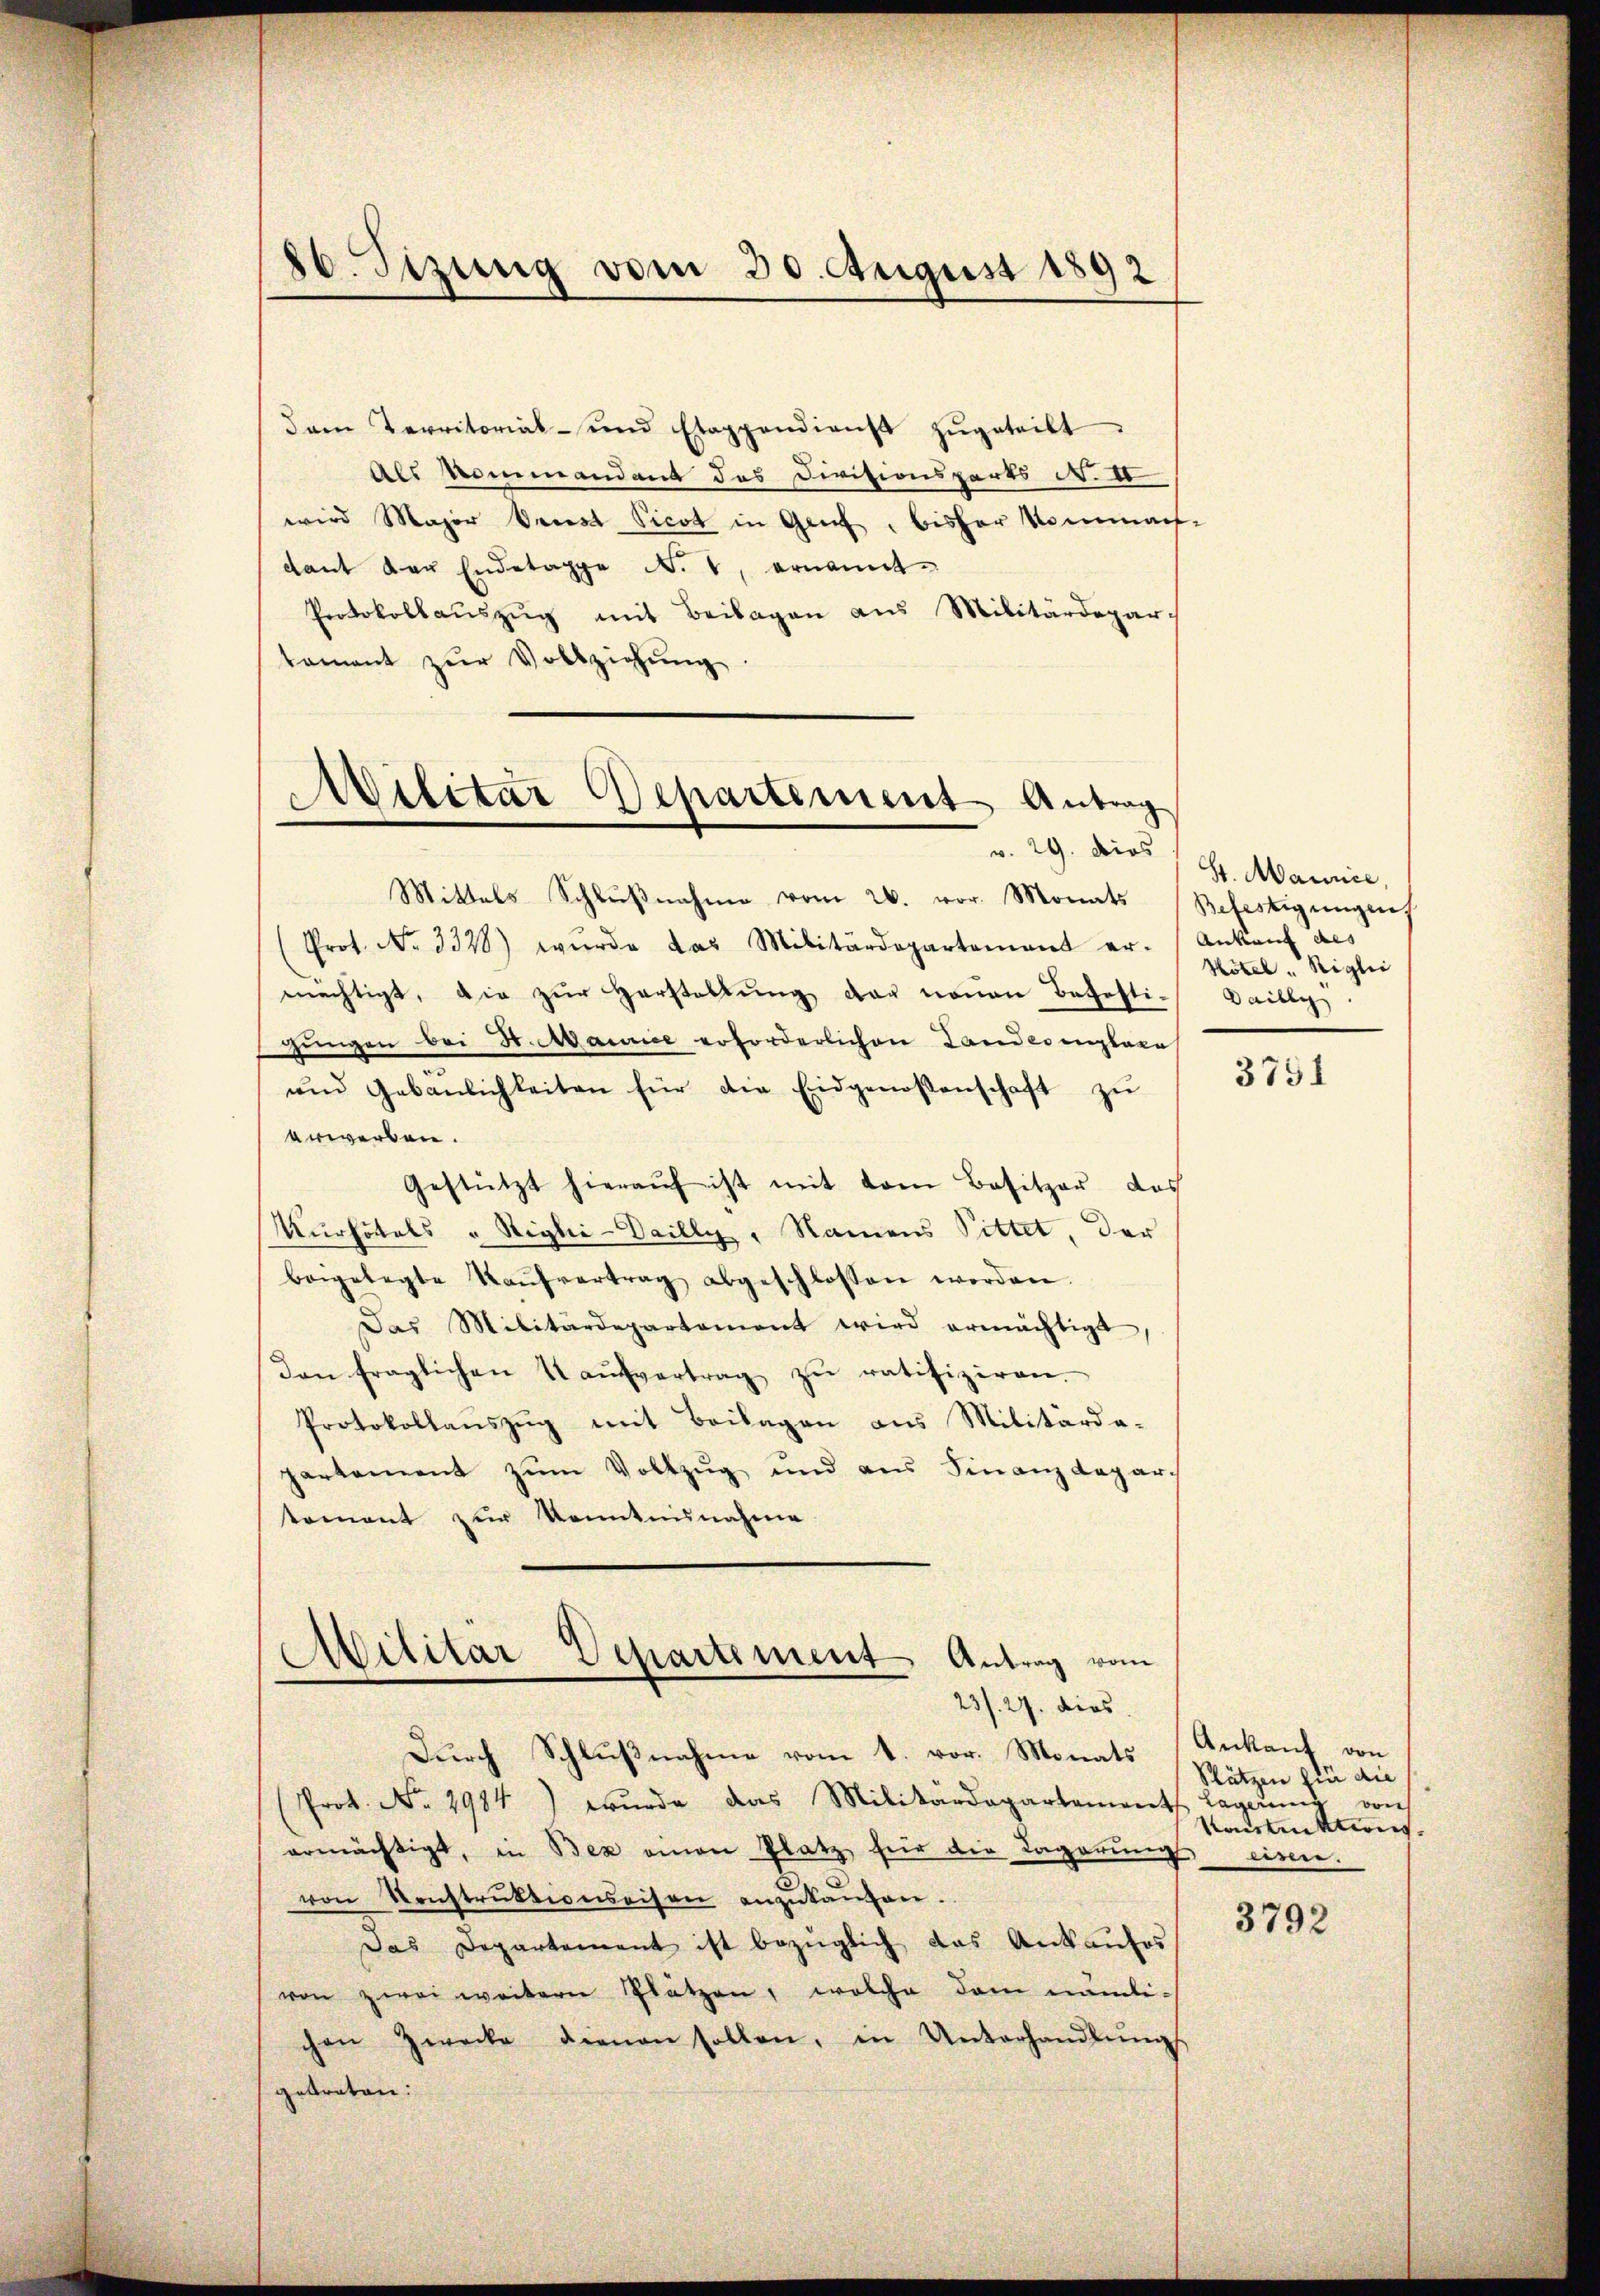
86. Sizung vom 30. August 1892

dam Territorial- und Etappendienst zŭgeteilt.
Als Kommandant des Divisionsparts N. V
wird Major Verst Picot in Genf, bisher Kommats-
dant Laŭ Endetappe N. 1, ernannt.
Protokollaŭszŭg mit Beilagen aus Militärdepar
tament zŭr Vollziehŭng

Militar Departement Antrag
v. 29. dies

Mittels Schlŭβnahme vom 26. vor. Monats Befestigungens
Prot. No. 3328) wurde das Militärdepartement er-Ankauf des
mächtigt, die zŭr Herstellŭng der neŭen Behosti- Dailly
gungen bei St. Maurice erforderlichen Landeremplare
und Gebäŭlichkeiten für die Eidgenossenschaft zŭ
erwerben.
Gestützt hierauf ist mit vom Besitzer das
Kurhötals " Sigli-Vailly, Namens Sittet, der
beigelegte Kaŭfvertrag abgeschlossen werden.
Das Militärdepartement wird ermächtigt
den fraglichen Kaŭfvertrag zŭ ratifiziren.
Protokollaŭszŭg mit Beilagen ans Militärda-
partement zŭm Vollzŭg und aus Finanzdepar-
koment zur Kenntnisnahme
Militär Departement Antrag vom
23/27. dies
Durch Schlußnahme vom 1. vor. Monats
(Prot. No. 2984) wurde das Militärdepartements lagerŭng von
ermächtigt, in Bex einen Platz für die Lagerŭng einen.
von Konstrŭktionseisen anzŭkaŭfen.
Das Departement ist bezüglich das Ankaufes
von zwei weitern Plätzen, welche dem nämli-
chen Zwecke dienen sollen, in Unterhandlŭng
getreten.

St. Maurice,
Hotel "Rigli

3751

Ankauf von
Sätzen für die
Raulenktens.

3792